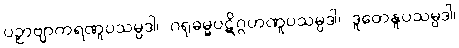
ပဥှာဗျာကရဏူပသမ္ပဒါ၊ ဂရုဓမ္မပဋိဂ္ဂဟဏူပသမ္ပဒါ၊ ဒူတေနူပသမ္ပဒါ၊